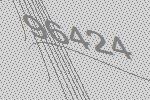
96424